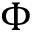
\Phi